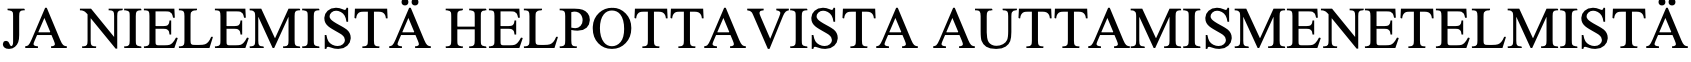
JA NIELEMISTÄ  HELPOTTAVISTA   AUTTAMISMENETELMISTÄ